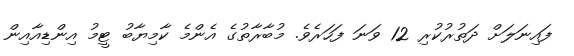
ފައިނަލަށް ދަތުރުކުރި 12 ވަނަ ފަހަރެވެ. މުބާރާތުގެ އެންމެ ކާމިޔާބު ޓީމު އިންޑިއާއިން